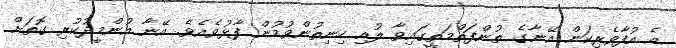
އެ އުފާވެރިކަން އޭނާގެ ތުންފަތްމަތީގައިވާ ލުއި ހިނިތުންވުމުން ފާޅުވެއެވެ. އޭނާ އުންމީދުކުރި ގޮތަށް